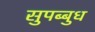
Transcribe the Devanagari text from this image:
सुपब्बुध